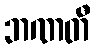
ဘဏတီ